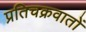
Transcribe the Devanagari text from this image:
प्रतिचक्रवातों